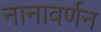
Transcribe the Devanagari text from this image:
नानावर्णन